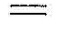
=